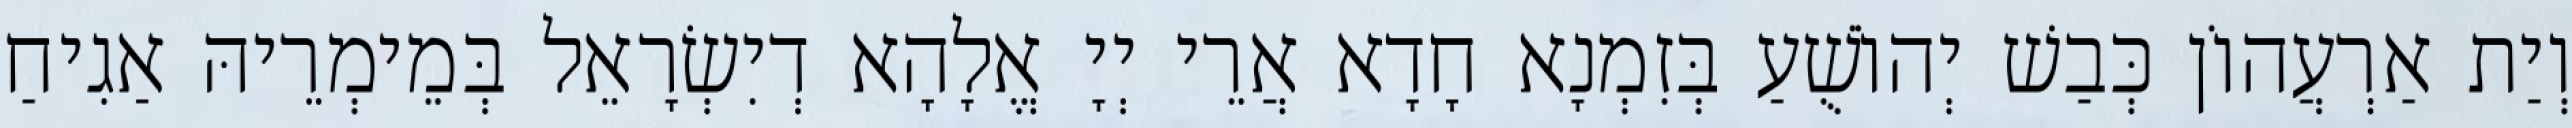
וְיַת אַרְעֲהוֹן כְּבַשׁ יְהוֹשֻׁעַ בְּזִמְנָא חָדָא אֲרֵי יְיָ אֱלָהָא דְיִשְׂרָאֵל בְּמֵימְרֵיהּ אַגִיחַ